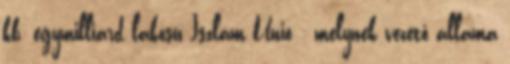
kb. egymilliárd lakosú Iszlám Unió - melynek vezető állama